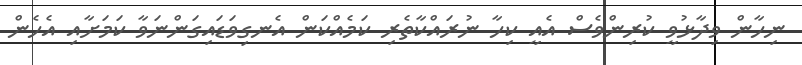
ނިހާން ވިދާޅުވީ ކުރިންވެސް އެއީ ކިހާ ނުރައްކާތެރި ކަމެއްކަން އެނގިވަޑައިގަންނަވާ ކަމަށާއި އެހެން